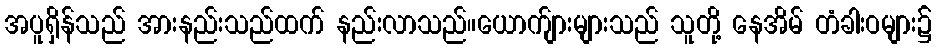
အပူရှိန်သည် အားနည်းသည်ထက် နည်းလာသည်။ယောက်ျားများသည် သူတို့ နေအိမ် တံခါးဝများ၌